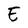
Character: E